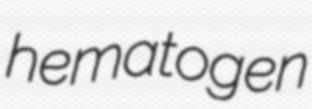
hematogen